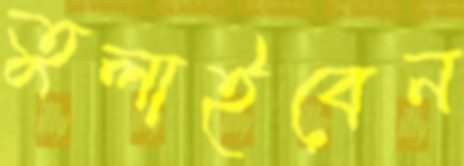
তুলাইবেন